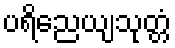
ပရိညေယျသုတ္တံ